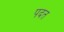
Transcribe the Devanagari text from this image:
पदत